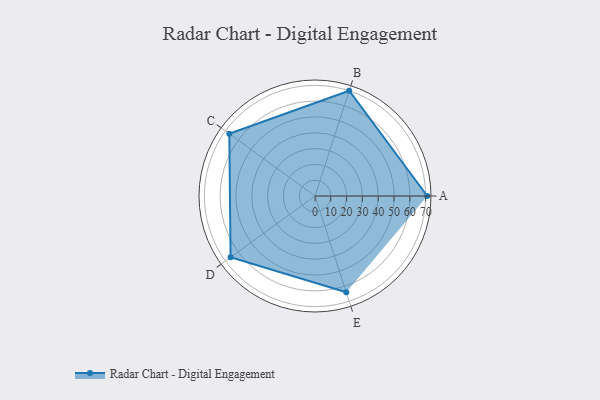
{"axis": {"x": "Skill", "y": "Score"}, "legend": ["Profile"], "data": [{"x": "A", "y": 71.0, "type": "Profile"}, {"x": "B", "y": 70.0, "type": "Profile"}, {"x": "C", "y": 67.0, "type": "Profile"}, {"x": "D", "y": 66.0, "type": "Profile"}, {"x": "E", "y": 64.0, "type": "Profile"}]}